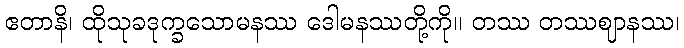
ဧတာနိ၊ ထိုသုခဒုက္ခသောမနဿ ဒေါမနဿတို့ကို။ တဿ တဿဈာနဿ၊